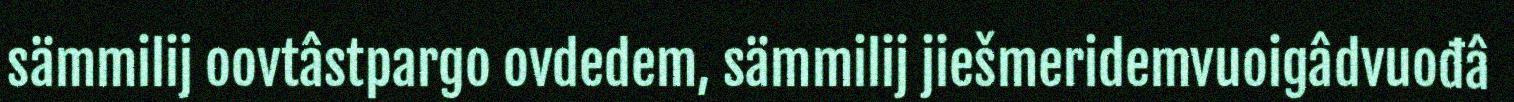
sämmilij oovtâstpargo ovdedem, sämmilij jiešmeridemvuoigâdvuođâ